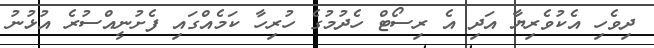
ދިވެހި އެކުވެރިޔާ އަދި އެ ރިސޯޓް ހެދުމުގެ ހުރިހާ ކަމެއްގައި ފެށުނީއްސުރެ އުޅުނު